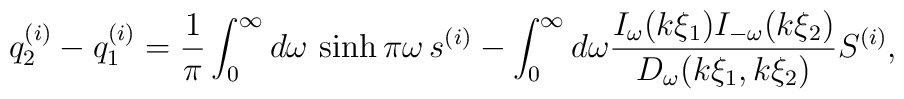
q_{2}^{(i)}-q_{1}^{(i)}=\frac{1}{\pi }\int_{0}^{\infty }d\omega\,\sinh \pi \omega \,s^{(i)}-\int_{0}^{\infty }d\omega\frac{I_{\omega }(k\xi _{1})I_{-\omega }(k \xi _{2})}{D_{\omega}(k\xi _{1},k\xi _{2})}S^{(i)},